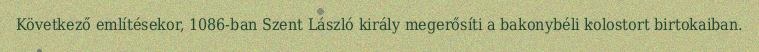
Következő említésekor, 1086-ban Szent László király megerősíti a bakonybéli kolostort birtokaiban.